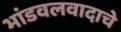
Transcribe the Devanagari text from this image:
भांडवलवादाचे